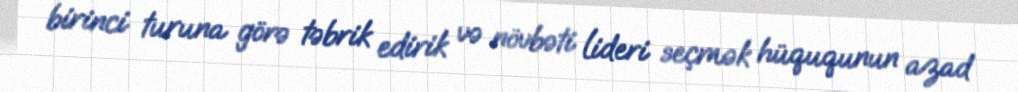
birinci turuna görə təbrik edirik və növbəti lideri seçmək hüququnun azad